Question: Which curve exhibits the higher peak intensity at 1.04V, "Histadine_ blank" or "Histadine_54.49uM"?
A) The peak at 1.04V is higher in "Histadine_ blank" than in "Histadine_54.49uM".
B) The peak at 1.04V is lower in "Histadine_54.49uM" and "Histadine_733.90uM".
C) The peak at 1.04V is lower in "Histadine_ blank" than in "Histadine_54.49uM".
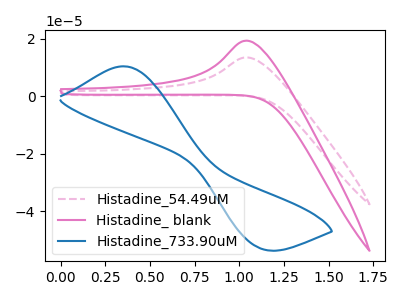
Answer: <think>The pink dashed curve "Histadine_54.49uM" has an anodic peak at: (1.05V, 13.55uA). The pink curve "Histadine_ blank" has an anodic peak at: (1.05V, 19.35uA). The blue curve "Histadine_733.90uM" has an anodic peak at (0.35V, 10.45uA) and a cathodic peak at (1.10V, -52.90uA).</think>
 <answer>A) The peak at 1.04V is higher in "Histadine_ blank" than in "Histadine_54.49uM".</answer>
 <eval>A</eval>